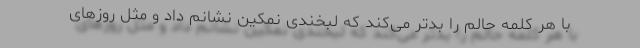
با هر کلمه حالم را بدتر می‌کند که لبخندی نمکین نشانم داد و مثل روزهای